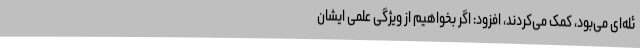
ئله‌ای می‌بود، کمک می‌کردند، افزود: اگر بخواهیم از ویژگی علمی ایشان